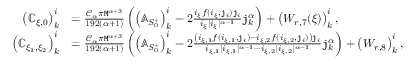
\begin{array} { r l } { \left( \mathbb { C } _ { \xi , 0 } \right) _ { k } ^ { i } } & { = \frac { \mathcal { C } _ { \alpha } \pi \mathtt { M } ^ { \alpha + 3 } } { 1 9 2 ( \alpha + 1 ) } \left( \left( \mathbb { A } _ { S _ { 0 } ^ { + } } \right) _ { k } ^ { i } - 2 \frac { i _ { \xi } f ( i _ { \xi } , \mathtt { j } _ { i } ) \mathtt { j } _ { i } } { i _ { \xi } | i _ { \xi } | ^ { \alpha - 1 } } \mathtt { j } _ { k } ^ { \alpha } \right) + \left( W _ { r , 7 } ( \xi ) \right) _ { k } ^ { i } , } \\ { \left( \mathbb { C } _ { \xi _ { 1 } , \xi _ { 2 } } \right) _ { k } ^ { i } } & { = \frac { \mathcal { C } _ { \alpha } \pi \mathtt { M } ^ { \alpha + 3 } } { 1 9 2 ( \alpha + 1 ) } \left( \left( \mathbb { A } _ { S _ { 0 } ^ { + } } \right) _ { k } ^ { i } - 2 \frac { \left( i _ { \xi , 1 } f ( i _ { \xi , 1 } , \mathtt { j } _ { i } ) - i _ { \xi , 2 } f ( i _ { \xi , 2 } , \mathtt { j } _ { i } ) \right) \mathtt { j } _ { i } } { i _ { \xi , 1 } | i _ { \xi , 1 } | ^ { \alpha - 1 } - i _ { \xi , 2 } | i _ { \xi , 2 } | ^ { \alpha - 1 } } \mathtt { j } _ { k } ^ { \alpha } \right) + \left( W _ { r , 8 } \right) _ { k } ^ { i } , } \end{array}